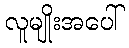
လူမျိုးအပေါ်